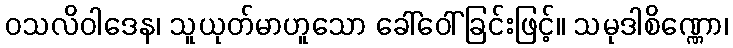
ဝသလိဝါဒေန၊ သူယုတ်မာဟူသော ခေါ်ဝေါ်ခြင်းဖြင့်။ သမုဒါစိဏ္ဏော၊